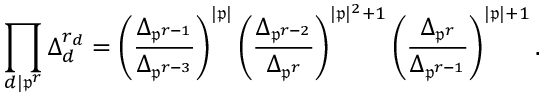
\prod _ { d | \mathfrak { p } ^ { r } } \Delta _ { d } ^ { r _ { d } } = \left( \frac { \Delta _ { \mathfrak { p } ^ { r - 1 } } } { \Delta _ { \mathfrak { p } ^ { r - 3 } } } \right) ^ { | \mathfrak { p } | } \left( \frac { \Delta _ { \mathfrak { p } ^ { r - 2 } } } { \Delta _ { \mathfrak { p } ^ { r } } } \right) ^ { | \mathfrak { p } | ^ { 2 } + 1 } \left( \frac { \Delta _ { \mathfrak { p } ^ { r } } } { \Delta _ { \mathfrak { p } ^ { r - 1 } } } \right) ^ { | \mathfrak { p } | + 1 } .